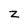
Character: z